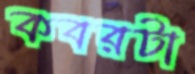
কবরটা